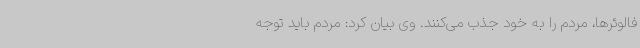
فالوئرها، مردم را به خود جذب می‌کنند. وی بیان کرد: مردم باید توجه